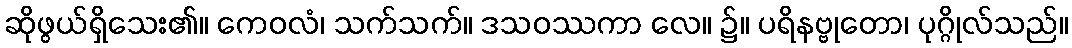
ဆိုဖွယ်ရှိသေး၏။ ကေဝလံ၊ သက်သက်။ ဒသဝဿကာ လေ။ ၌။ ပရိနဗ္ဗုတော၊ ပုဂ္ဂိုလ်သည်။